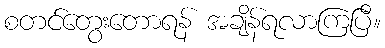
စတင်တွေးတောရန် အချိန်ရလာကြပြီ။